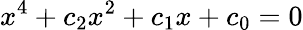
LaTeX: x^{4}+c_{2}x^{2}+c_{1}x+c_{0}=0